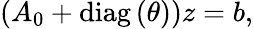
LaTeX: \begin{array}{r}{\left(A_{0}+\operatorname{diag}\left(\theta\right)\right)z=b,}\end{array}